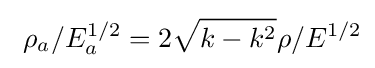
\ \rho _{a}/E_{a}^{1/2}=2{\sqrt {k-k^{2}}}\rho /E^{1/2}